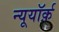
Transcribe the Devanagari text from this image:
न्यूयॉर्क़